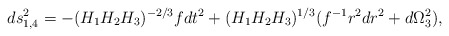
\begin{align*}ds^2_{1,4} = -(H_1 H_2 H_3)^{-2/3} f dt^{2} + (H_1 H_2 H_3)^{1/3}(f^{-1} r^2 dr^{2} + d\Omega_3^2),\end{align*}